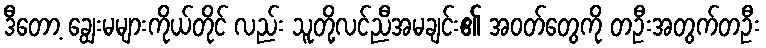
ဒီတော့ ချွေးမများကိုယ်တိုင် လည်း သူတို့လင်ညီအမချင်း၏ အဝတ်တွေကို တဦးအတွက်တဦး